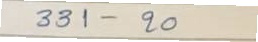
331 - 20